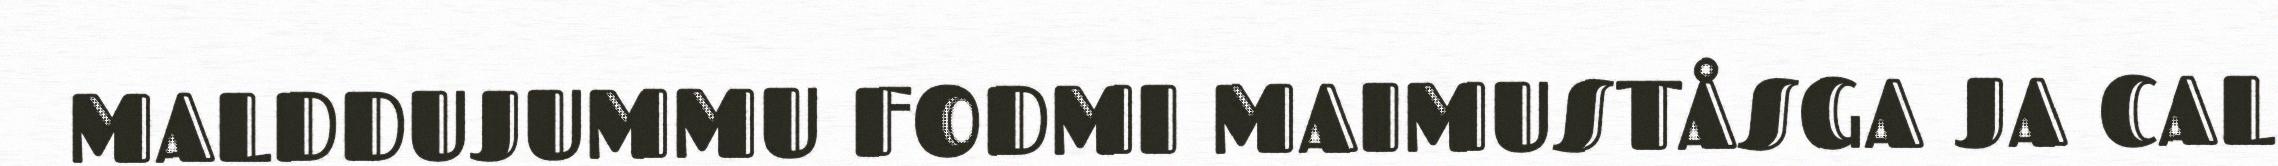
MALDDUJUMMU FODMI MAIMUSTÅSGA JA CAL